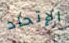
الإتحاد